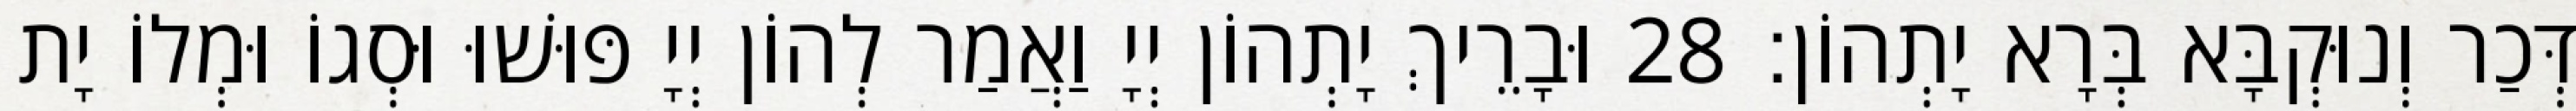
דְּכַר וְנוּקְבָּא בְּרָא יָתְהוֹן׃ 28 וּבָרֵיךְ יָתְהוֹן יְיָ וַאֲמַר לְהוֹן יְיָ פּוּשׁוּ וּסְגוֹ וּמְלוֹ יָת